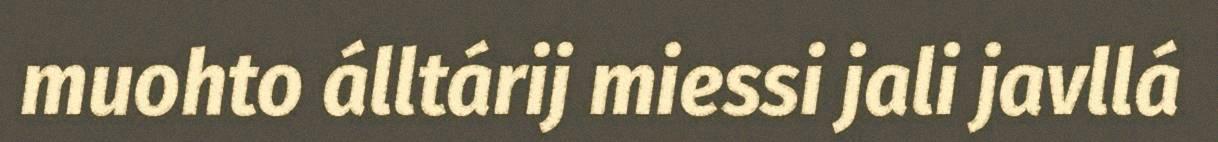
muohto álltárij miessi jali javllá